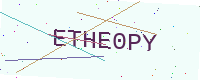
Text: ETHE0PY